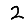
Digit: 2